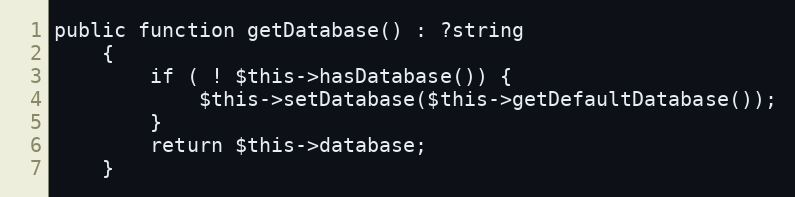
Language: PHP
public function getDatabase() : ?string
    {
        if ( ! $this->hasDatabase()) {
            $this->setDatabase($this->getDefaultDatabase());
        }
        return $this->database;
    }